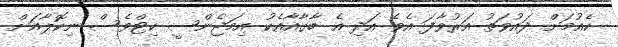
ކެއުމަށް ދައުވަތު އަރުވާފަ އެވެ އަދި އެ ބާގާއާއެކު އިމަޖެންސީ ކިޓްވެސް ނިކޮލާއަށް